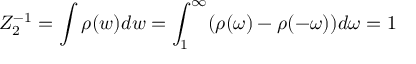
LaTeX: Z _ { 2 } ^ { - 1 } = \int \rho ( w ) d w = \int _ { 1 } ^ { \infty } ( \rho ( \omega ) - \rho ( - \omega ) ) d \omega = 1